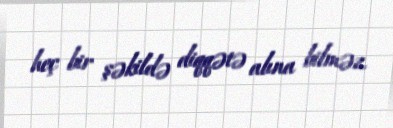
heç bir şəkildə diqqətə alına bilməz.